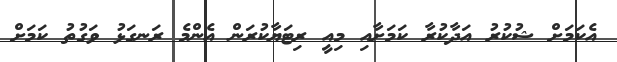
އެކަމަށް ޝުކުރު އަދާކުރާ ކަމަށާއި މިއީ ރިޓަޔާކުރަން އެންމެ ރަނގަޅު ވަގުތު ކަމަށް